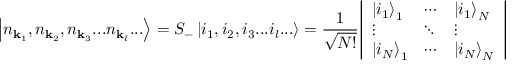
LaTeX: \left| n _ { \mathbf { k } _ { 1 } } , n _ { \mathbf { k } _ { 2 } } , n _ { \mathbf { k } _ { 3 } } . . . n _ { \mathbf { k } _ { l } } . . . \right\rangle = S _ { - } \left| i _ { 1 } , i _ { 2 } , i _ { 3 } . . . i _ { l } . . . \right\rangle = { \frac { 1 } { \sqrt { N ! } } } { \left| \begin{array} { l l l } { \left| i _ { 1 } \right\rangle _ { 1 } } & { \cdots } & { \left| i _ { 1 } \right\rangle _ { N } } \\ { \vdots } & { \ddots } & { \vdots } \\ { \left| i _ { N } \right\rangle _ { 1 } } & { \cdots } & { \left| i _ { N } \right\rangle _ { N } } \end{array} \right| }